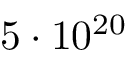
5 \cdot 1 0 ^ { 2 0 }